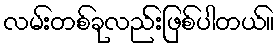
လမ်းတစ်ခုလည်းဖြစ်ပါတယ်။